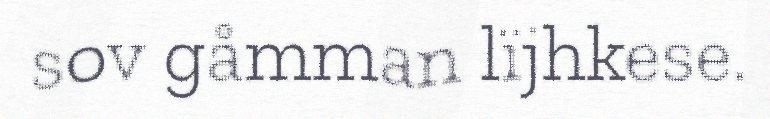
sov gåmman lïjhkese.